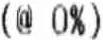
(@ 0%)